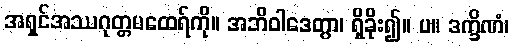
အရှင်အဿဂုတ္တမထေရ်ကို။ အဘိဝါဒေတွာ၊ ရှိခိုး၍။ ပ။ ဒက္ခိဏံ၊